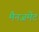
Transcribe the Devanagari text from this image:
मैनजमेंट